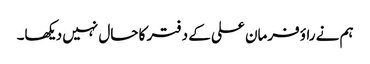
ہم نے راؤ فرمان علی کے دفتر کا حال نہیں دیکھا۔